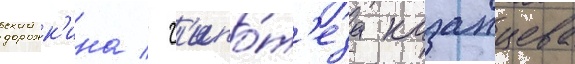
дорожк'ина / г'ипо́т'еза казанцева